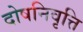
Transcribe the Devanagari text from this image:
दोषनिवृत्ति